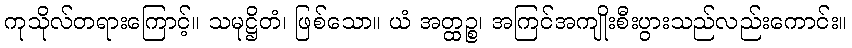
ကုသိုလ်တရားကြောင့်။ သမုဋ္ဌိတံ၊ ဖြစ်သော။ ယံ အတ္ထဉ္စ၊ အကြင်အကျိုးစီးပွားသည်လည်းကောင်း။